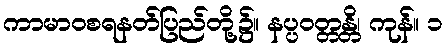
ကာမာဝစရနတ်ပြည်တို့၌။ နပ္ပဝတ္တန္တိ၊ ကုန်။ ၁